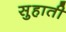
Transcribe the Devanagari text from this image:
सुहाती